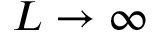
L \to \infty